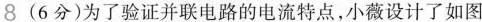
8(6分)为了验证并联电路的电流特点，小薇设计了如图